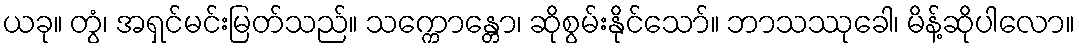
ယခု။ တွံ၊ အရှင်မင်းမြတ်သည်။ သက္ကောန္တော၊ ဆိုစွမ်းနိုင်သော်။ ဘာသဿုခေါ၊ မိန့်ဆိုပါလော။